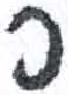
אות: פ